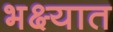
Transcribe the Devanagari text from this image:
भक्ष्यात